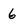
Character: 6